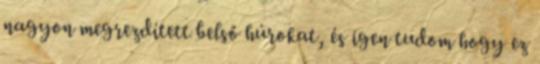
nagyon megrezdített belső húrokat, és igen tudom hogy ez